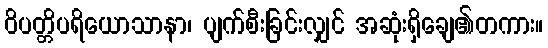
ဝိပတ္တိပရိယောသာနာ၊ ပျက်စီးခြင်းလျှင် အဆုံးရှိချေ၏တကား။